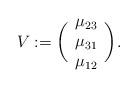
LaTeX: \begin{align*} V:=\biggl (\begin{array}{c}\mu_{23}\\\mu_{31}\\\mu_{12}\end{array} \biggr ).\end{align*}